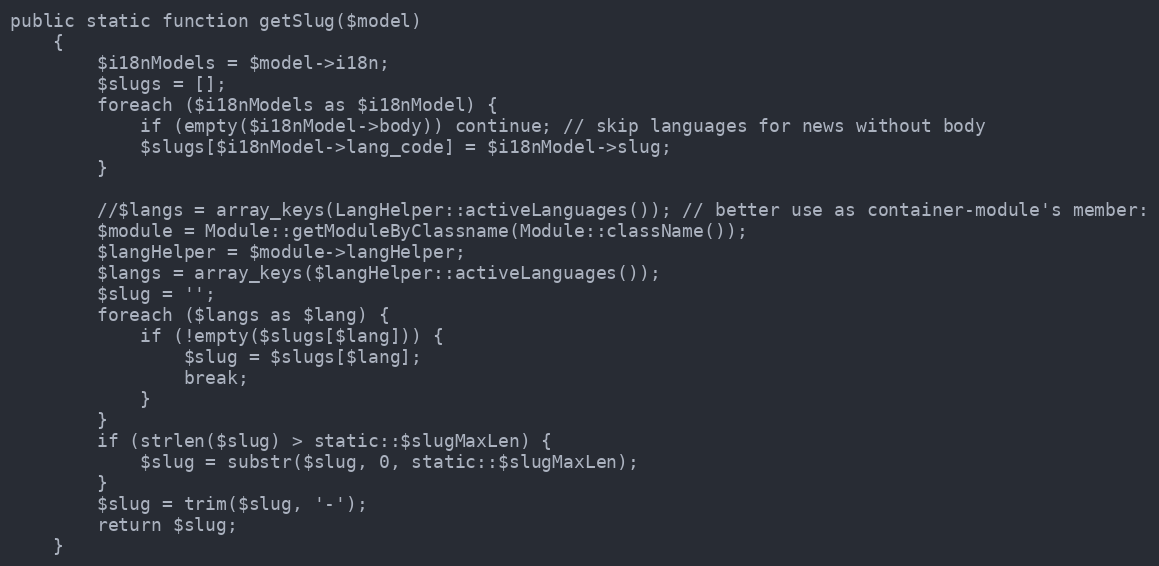
Language: PHP
public static function getSlug($model)
    {
        $i18nModels = $model->i18n;
        $slugs = [];
        foreach ($i18nModels as $i18nModel) {
            if (empty($i18nModel->body)) continue; // skip languages for news without body
            $slugs[$i18nModel->lang_code] = $i18nModel->slug;
        }

        //$langs = array_keys(LangHelper::activeLanguages()); // better use as container-module's member:
        $module = Module::getModuleByClassname(Module::className());
        $langHelper = $module->langHelper;
        $langs = array_keys($langHelper::activeLanguages());
        $slug = '';
        foreach ($langs as $lang) {
            if (!empty($slugs[$lang])) {
                $slug = $slugs[$lang];
                break;
            }
        }
        if (strlen($slug) > static::$slugMaxLen) {
            $slug = substr($slug, 0, static::$slugMaxLen);
        }
        $slug = trim($slug, '-');
        return $slug;
    }